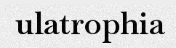
ulatrophia